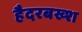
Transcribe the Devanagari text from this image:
हैदरबख्श